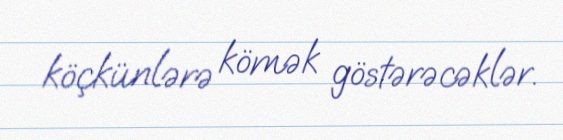
köçkünlərə kömək göstərəcəklər.